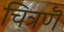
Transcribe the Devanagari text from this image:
चित्रणॆ